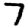
Digit: 7